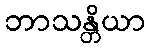
ဘာသန္တိယာ